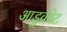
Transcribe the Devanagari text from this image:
आडुकोट